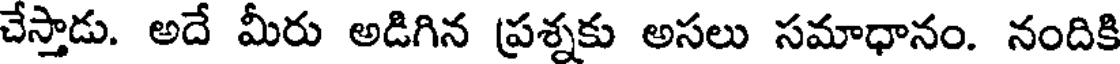
చేస్తాడు. అదే మీరు అడిగిన ప్రశ్నకు అసలు సమాధానం. నందికి